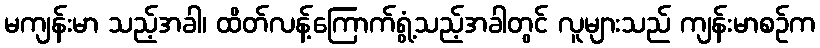
မကျန်းမာ သည့်အခါ၊ ထိတ်လန့်ကြောက်ရွံ့သည့်အခါတွင် လူများသည် ကျန်းမာစဉ်က